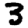
Digit: 3